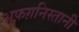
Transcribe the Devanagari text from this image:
अफ़ग़निस्तानी